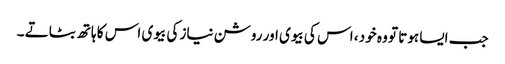
جب ایسا ہوتا تو وہ خود ، اس کی بیوی اور روشن نیاز کی بیوی اس کا ہاتھ بٹاتے ۔